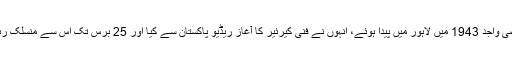
قاضی واجد 1943 میں لاہور میں پیدا ہوئے، انہوں نے فنی کیرئیر کا آغاز ریڈیو پاکستان سے کیا اور 25 برس تک اس سے منسلک رہے۔